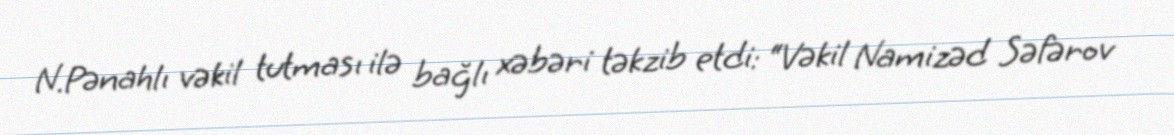
N.Pənahlı vəkil tutması ilə bağlı xəbəri təkzib etdi: “Vəkil Namizəd Səfərov